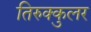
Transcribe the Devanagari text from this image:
तिरुक्कुलर